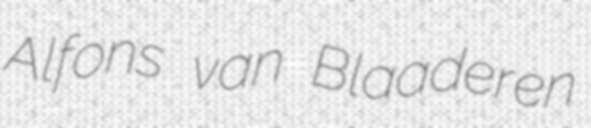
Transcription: Alfons van Blaaderen